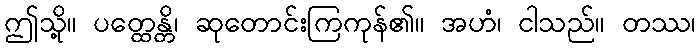
ဤသို့။ ပတ္ထေန္တိ၊ ဆုတောင်းကြကုန်၏။ အဟံ၊ ငါသည်။ တဿ၊